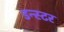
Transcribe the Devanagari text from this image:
डन्स्टर